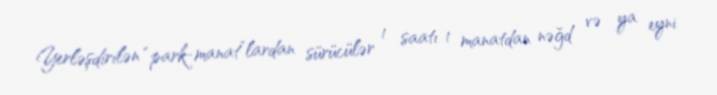
Yerləşdirilən “park-manat”lardan sürücülər 1 saatı 1 manatdan nəğd və ya eyni